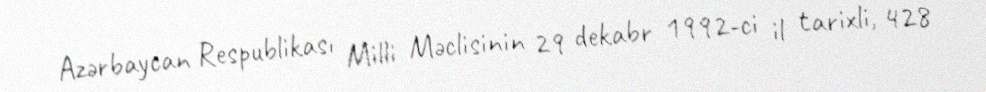
Azərbaycan Respublikası Milli Məclisinin 29 dekabr 1992-ci il tarixli, 428